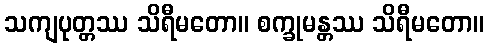
သကျပုတ္တဿ သိရီမတော။ စက္ခုမန္တဿ သိရီမတော။